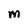
Character: M